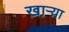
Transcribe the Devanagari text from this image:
खाऱ्य़ा